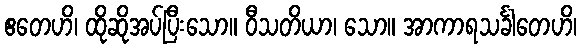
ဧတေဟိ၊ ထိုဆိုအပ်ပြီးသော။ ဝီသတိယာ၊ သော။ အာကာရသင်္ခါတေဟိ၊